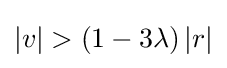
\left|v\right|>\left(1-3\lambda \right)\left|r\right|